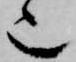
也